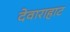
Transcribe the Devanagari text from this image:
देवाराहाट